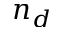
n _ { d }